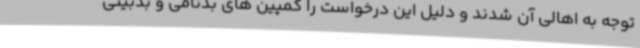
توجه به اهالی آن شدند و دلیل این درخواست را کمپین های بدنامی و بدبینی